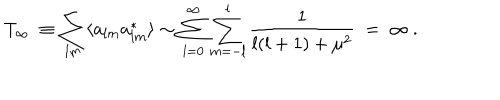
LaTeX: T _ { \infty } \ \equiv \sum _ { l m } \langle a _ { l m } a _ { l m } ^ { * } \rangle \sim \sum _ { l = 0 } ^ { \infty } \sum _ { m = - l } ^ { l } \frac { 1 } { l ( l + 1 ) + \mu ^ { 2 } } \ = \ \infty \ .